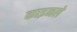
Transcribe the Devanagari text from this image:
काइनले